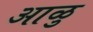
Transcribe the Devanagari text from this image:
आळु